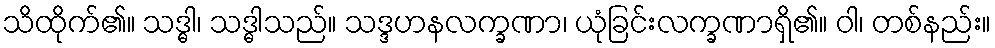
သိထိုက်၏။ သဒ္ဓါ၊ သဒ္ဓါသည်။ သဒ္ဒဟနလက္ခဏာ၊ ယုံခြင်းလက္ခဏာရှိ၏။ ဝါ၊ တစ်နည်း။